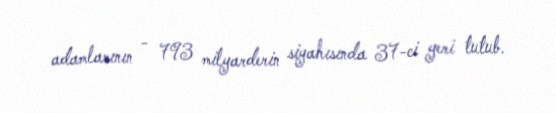
adamlarının - 793 milyarderin siyahısında 37-ci yeri tutub.